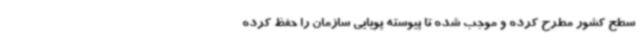
سطح کشور مطرح کرده و موجب شده تا پیوسته پویایی سازمان را حفظ کرده